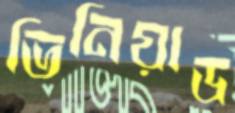
ভিনিয়াড